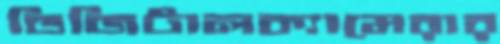
ডিজিটালক্যামেরার